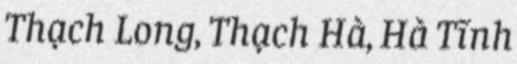
Thạch Long, Thạch Hà, Hà Tĩnh